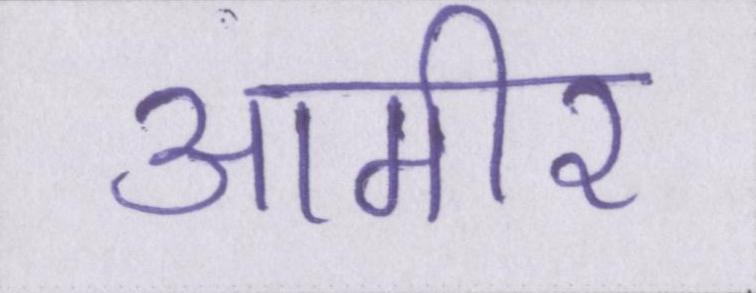
आमीर